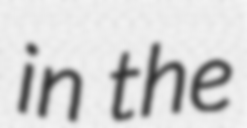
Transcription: in the